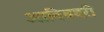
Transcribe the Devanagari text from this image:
आदिबदरी